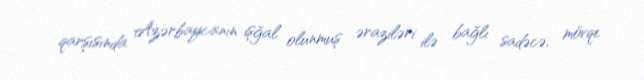
qarşısında Azərbaycanın işğal olunmuş əraziləri ilə bağlı sadəcə, mövqe